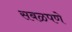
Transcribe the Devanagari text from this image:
सबळपणे